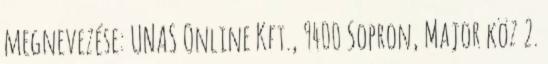
megnevezése: UNAS Online Kft., 9400 Sopron, Major köz 2.